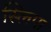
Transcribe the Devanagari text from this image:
स्लिपा